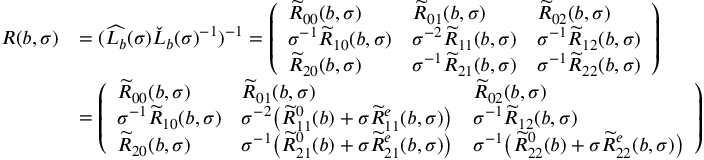
\begin{array} { r l } { R ( b , \sigma ) } & { = ( \widehat { L _ { b } } ( \sigma ) \check { L } _ { b } ( \sigma ) ^ { - 1 } ) ^ { - 1 } = \left( \begin{array} { l l l } { \widetilde { R } _ { 0 0 } ( b , \sigma ) } & { \widetilde { R } _ { 0 1 } ( b , \sigma ) } & { \widetilde { R } _ { 0 2 } ( b , \sigma ) } \\ { \sigma ^ { - 1 } \widetilde { R } _ { 1 0 } ( b , \sigma ) } & { \sigma ^ { - 2 } \widetilde { R } _ { 1 1 } ( b , \sigma ) } & { \sigma ^ { - 1 } \widetilde { R } _ { 1 2 } ( b , \sigma ) } \\ { \widetilde { R } _ { 2 0 } ( b , \sigma ) } & { \sigma ^ { - 1 } \widetilde { R } _ { 2 1 } ( b , \sigma ) } & { \sigma ^ { - 1 } \widetilde { R } _ { 2 2 } ( b , \sigma ) } \end{array} \right) } \\ & { = \left( \begin{array} { l l l } { \widetilde { R } _ { 0 0 } ( b , \sigma ) } & { \widetilde { R } _ { 0 1 } ( b , \sigma ) } & { \widetilde { R } _ { 0 2 } ( b , \sigma ) } \\ { \sigma ^ { - 1 } \widetilde { R } _ { 1 0 } ( b , \sigma ) } & { \sigma ^ { - 2 } \big ( \widetilde { R } _ { 1 1 } ^ { 0 } ( b ) + \sigma \widetilde { R } _ { 1 1 } ^ { e } ( b , \sigma ) \big ) } & { \sigma ^ { - 1 } \widetilde { R } _ { 1 2 } ( b , \sigma ) } \\ { \widetilde { R } _ { 2 0 } ( b , \sigma ) } & { \sigma ^ { - 1 } \big ( \widetilde { R } _ { 2 1 } ^ { 0 } ( b ) + \sigma \widetilde { R } _ { 2 1 } ^ { e } ( b , \sigma ) \big ) } & { \sigma ^ { - 1 } \big ( \widetilde { R } _ { 2 2 } ^ { 0 } ( b ) + \sigma \widetilde { R } _ { 2 2 } ^ { e } ( b , \sigma ) \big ) } \end{array} \right) } \end{array}